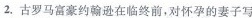
2.古罗马富豪约翰逊在临终前，对怀孕的妻子写